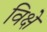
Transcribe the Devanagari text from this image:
विक्षे